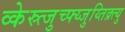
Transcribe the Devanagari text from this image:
व्केस्र्त्जुच्फ्य्जुय्तिक्र्त्यु